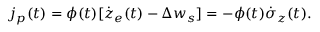
j _ { p } ( t ) = \phi ( t ) [ \dot { z } _ { e } ( t ) - \Delta w _ { s } ] = - \phi ( t ) \dot { \sigma } _ { z } ( t ) .